Annual statistical returns and brief notes on vaccination in Bengal - 1909-1929
Year: 1909
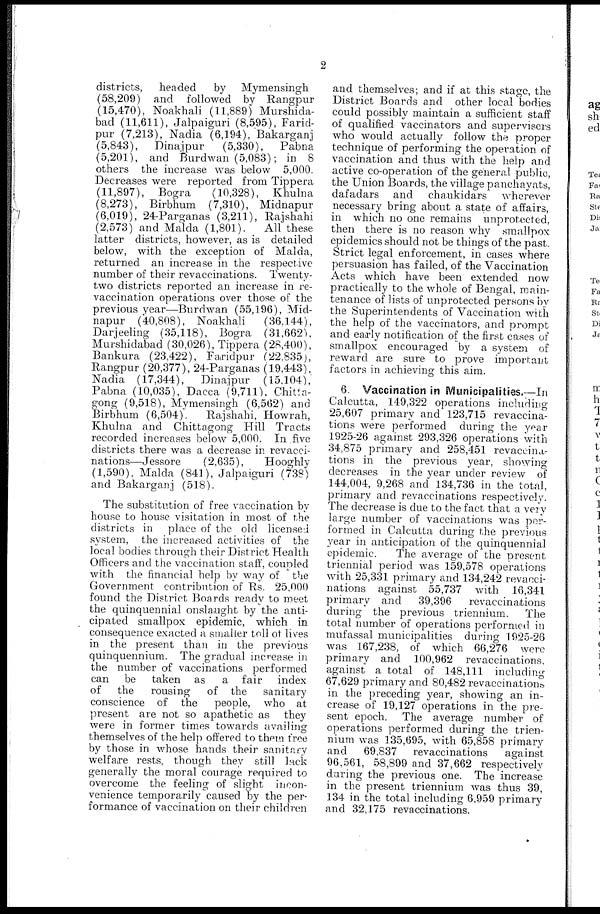
2
districts, headed
by Mymensingh
(58,209) and followed by Rangpur
(15,470), Noakhali (11,889) Murshida-
bad (11,611), Jalpaiguri (8,595), Farid-
pur (7,213), Nadia (6,194), Bakarganj
(5,843), Dinajpur
(5,330),
Pabna
(5,201), and Burdwan (5,083); in 8
others the increase was below 5,000.
Decreases were reported from Tippera
(11,897), Bogra
(10,328), Khulna
(8,273), Birbhum (7,310), Midnapur
(6,019), 24-Parganas (3,211), Rajshahi
(2,573) and Malda (1,801).
All these
latter districts, however, as is detailed
below, with the exception of Malda,
returned an increase in the respective
number of their revaccinations. Twenty-
two districts reported an increase in re-
vaccination operations over those of the
previous year—Burdwan (55,196), Mid-
napur (40,808), Noakhali
(36,144),
Darjeeling (35,118), Bogra (31,662 ),
Murshidabad (30,026), Tippera (28,400),
Bankura (23,422), Faridpur (22,835),
Rangpur (20,377), 24-Parganas (19,443),
Nadia (17,344), Dinajpur (15,104),
Pabna (10,035), Dacca (9,711), Chitta-
gong (9,518), Mymensingh (6,562) and
Birbhum (6,504).
Rajshahi, Howrah,
Khulna and Chittagong Hill Tracts
recorded increases below 5,000. In five
districts there was a decrease in revacci-
nations—Jessore
(2,635),
Hooghly
(1,590), Malda (841), Jalpaiguri (738)
and Bakarganj (518).
The substitution of free vaccination by
house to house visitation in most of the
districts in place of the old licensed
system, the increased activities of the
local bodies through their District Health
Officers and the vaccination staff, coupled
with the financial help by way of the
Government contribution of Rs. 25,000
found the District Boards ready to meet
the quinquennial onslaught by the anti-
cipated smallpox epidemic, which in
consequence exacted a smaller toll of lives
in the present than in the previous
quinquennium. The gradual increase in
the number of vaccinations performed
can be taken as
a fair
index
of the
rousing
of the
sanitary
conscience of the
people, who at
present are not so apathetic as they
were in former times towards availing
themselves of the help offered to them free
by those in whose hands their sanitary
welfare rests, though they still lack
generally the moral courage required to
overcome the feeling of slight incon-
venience temporarily caused by the per-
formance of vaccination on their children
and themselves; and if at this stage, the
District Boards and other local bodies
could possibly maintain a sufficient staff
of qualified vaccinators and supervisers
who would actually follow the proper
technique of performing the operation of
vaccination and thus with the help and
active co-operation of the general public,
the Union Boards, the village panchayats,
dafadars and chaukidars wherever
necessary bring about a state of affairs,
in which no one remains unprotected,
then there is no reason why smallpox
epidemics should not be things of the past.
Strict legal enforcement, in cases where
persuasion has failed, of the Vaccination
Acts which have been extended now
practically to the whole of Bengal, main-
tenance of lists of unprotected persons by
the Superintendents of Vaccination with
the help of the vaccinators, and prompt
and early notification of the first cases of
smallpox encouraged by a system of
reward are sure to prove important
factors in achieving this aim.
6. Vaccination in Municipalities. —In
Calcutta, 149,322 operations including
25,607 primary and 123,715 revaccina-
tions were performed during the year
1925-26 against 293,326 operations with
34,875 primary and 258,451 revaccina-
tions in the previous year, showing
decreases in the year under review of
144,004, 9,268 and 134,736 in the total,
primary and revaccinations respectively.
The decrease is due to the fact that a very
large number of vaccinations was per-
formed in Calcutta during the previous
year in anticipation of the quinquennial
epidemic.
The average of the present
triennial period was 159,578 operations
with 25,331 primary and 134,242 revacci-
nations against 55,737 with 16,341
primary and
39,396
revaccinations
during the previous triennium.
The
total number of operations performed in
mufassal municipalities during 1925-26
was 167,238, of which 66,276 were
primary and 100,962 revaccinations,
against a total of 148,111 including
67,629 primary and 80,482 revaccinations
in the preceding year, showing an in-
crease of 19,127 operations in the pre-
sent epoch. The average number of
operations performed during the trien-
nium was 135,695, with 65,858 primary
and
69,837 revaccinations
against
96,561, 58,899 and 37,662 respectively
during the previous one. The increase
in the present triennium was thus 39,
134 in the total including 6,959 primary
and 32,175 revaccinations.